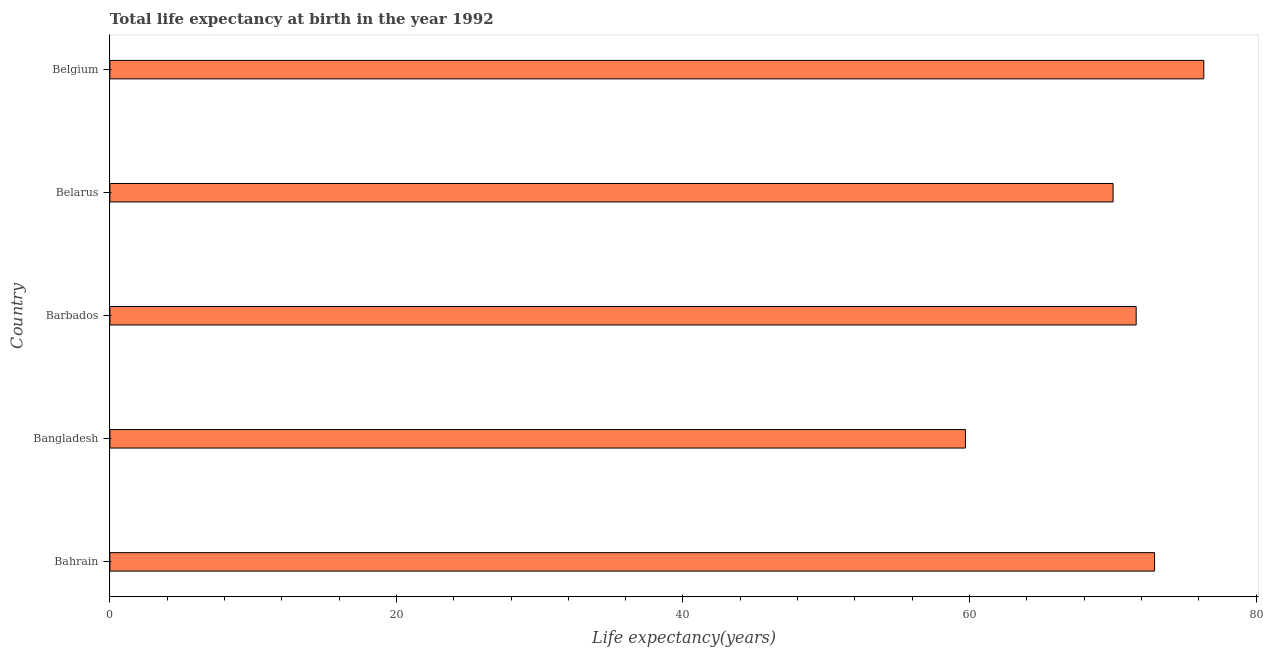
| Country | Life expectancy at birth |
 | --- | --- |
 | Bahrain | 72.9 |
 | Bangladesh | 59.7 |
 | Barbados | 71.6 |
 | Belarus | 70 |
 | Belgium | 76.4 |